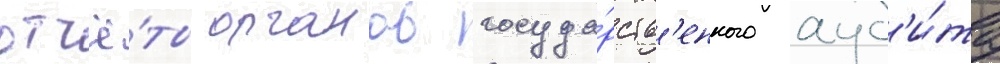
отчё́ты органов госуда́рств'енного ауд'и́та